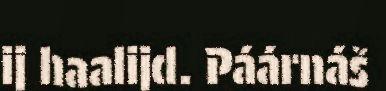
ij haalijd. Páárnáš